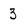
Character: 3